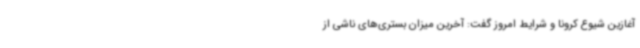
آغازین شیوع کرونا و شرایط امروز گفت: آخرین میزان بستری‌های ناشی از